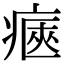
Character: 𤷾